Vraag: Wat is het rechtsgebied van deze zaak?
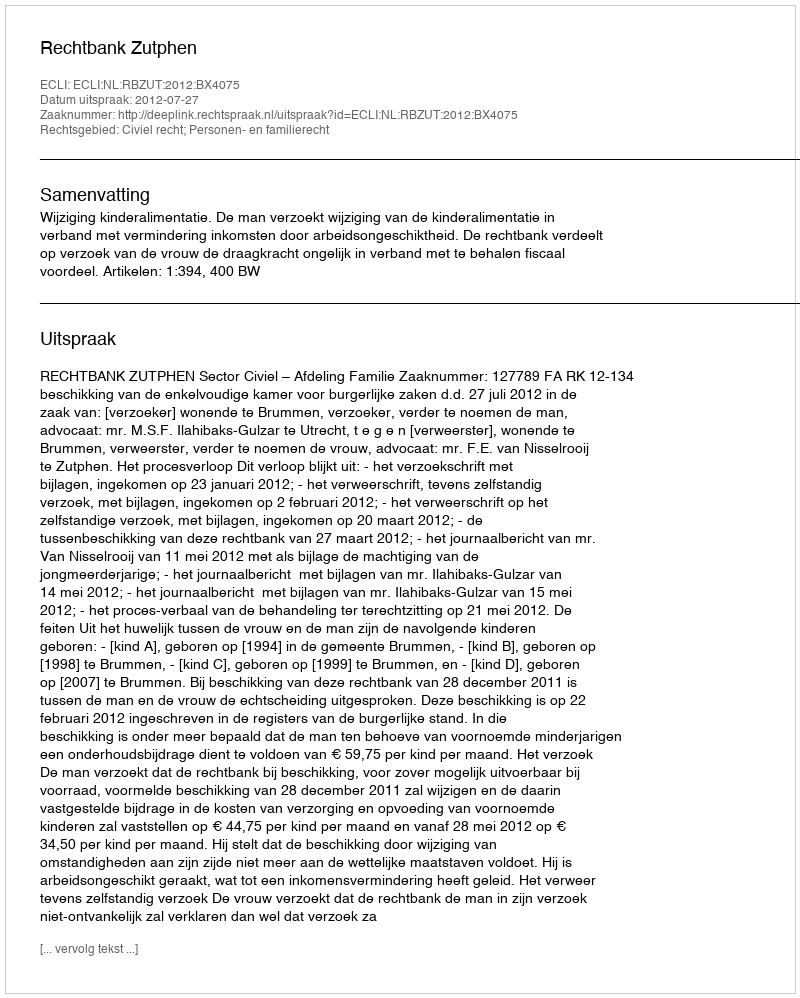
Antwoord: Civiel recht; Personen- en familierecht